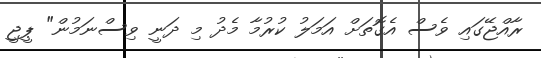
ރާއްޖޭގައި ވެސް އެގޮތަށް އަމަލު ކުރުމާ މެދު މި ދަނީ ވިސްނަމުން" ޕީޖީ